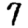
Digit: 7